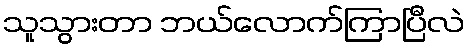
သူသွားတာ ဘယ်လောက်ကြာပြီလဲ